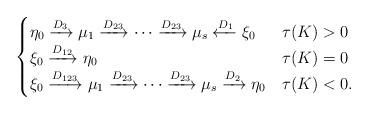
LaTeX: \begin{align*} \begin{cases}\eta_0 \xrightarrow{D_3} \mu_1 \xrightarrow{D_{23}} \cdots \xrightarrow{D_{23}} \mu_s \xleftarrow{D_1} \xi_0 & \tau(K)>0 \\\xi_0 \xrightarrow{D_{12}} \eta_0 & \tau(K) =0 \\\xi_0 \xrightarrow{D_{123}} \mu_1 \xrightarrow{D_{23}} \cdots \xrightarrow{D_{23}} \mu_s \xrightarrow{D_2} \eta_0 & \tau(K) < 0.\end{cases}\end{align*}